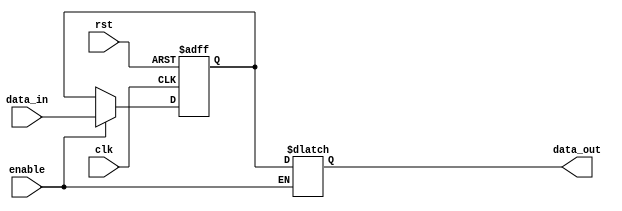
module BypassRegister (
    input clk,
    input rst,
    input enable,
    input [7:0] data_in,
    output reg [7:0] data_out
);

reg [7:0] internal_reg;

always @(posedge clk or posedge rst) begin
    if (rst) begin
        internal_reg <= 8'b00000000;
    end else if (enable) begin
        internal_reg <= data_in;
    end
end

always @(*) begin
    if (enable) begin
        data_out = internal_reg;
    end
end

endmodule